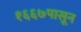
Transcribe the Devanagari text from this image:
१६६७पासून